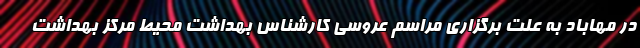
در مهاباد به علت برگزاری مراسم عروسی کارشناس بهداشت محیط مرکز بهداشت